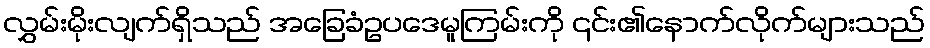
လွှမ်းမိုးလျက်ရှိသည် အခြေခံဥပဒေမူကြမ်းကို ၎င်း၏နောက်လိုက်များသည်